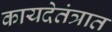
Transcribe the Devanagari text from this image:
कायदेतंत्रात